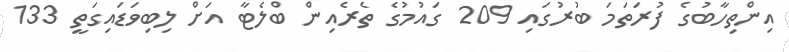
އިންތިހާބުގެ ފުރަތަމަ ބުރުގައި 209 ގައުމުގެ ތެރެއިން ބްލެޓާ އަށް ލިބިވަޑައިގަތީ 133